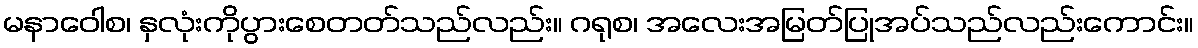
မနာဝေါစ၊ နှလုံးကိုပွားစေတတ်သည်လည်း။ ဂရုစ၊ အလေးအမြတ်ပြုအပ်သည်လည်းကောင်း။